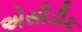
એસીડીક